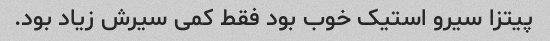
پیتزا سیرو استیک خوب بود فقط کمی سیرش زیاد بود.